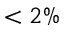
< 2 \%